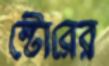
স্টোরের